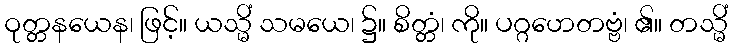
ဝုတ္တနယေန၊ ဖြင့်။ ယသ္မိံ သမယေ၊ ၌။ စိတ္တံ၊ ကို။ ပဂ္ဂဟေတဗ္ဗံ၊ ၏။ တသ္မိံ